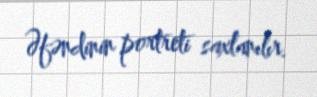
Əfəndinin portreti saxlanılır.